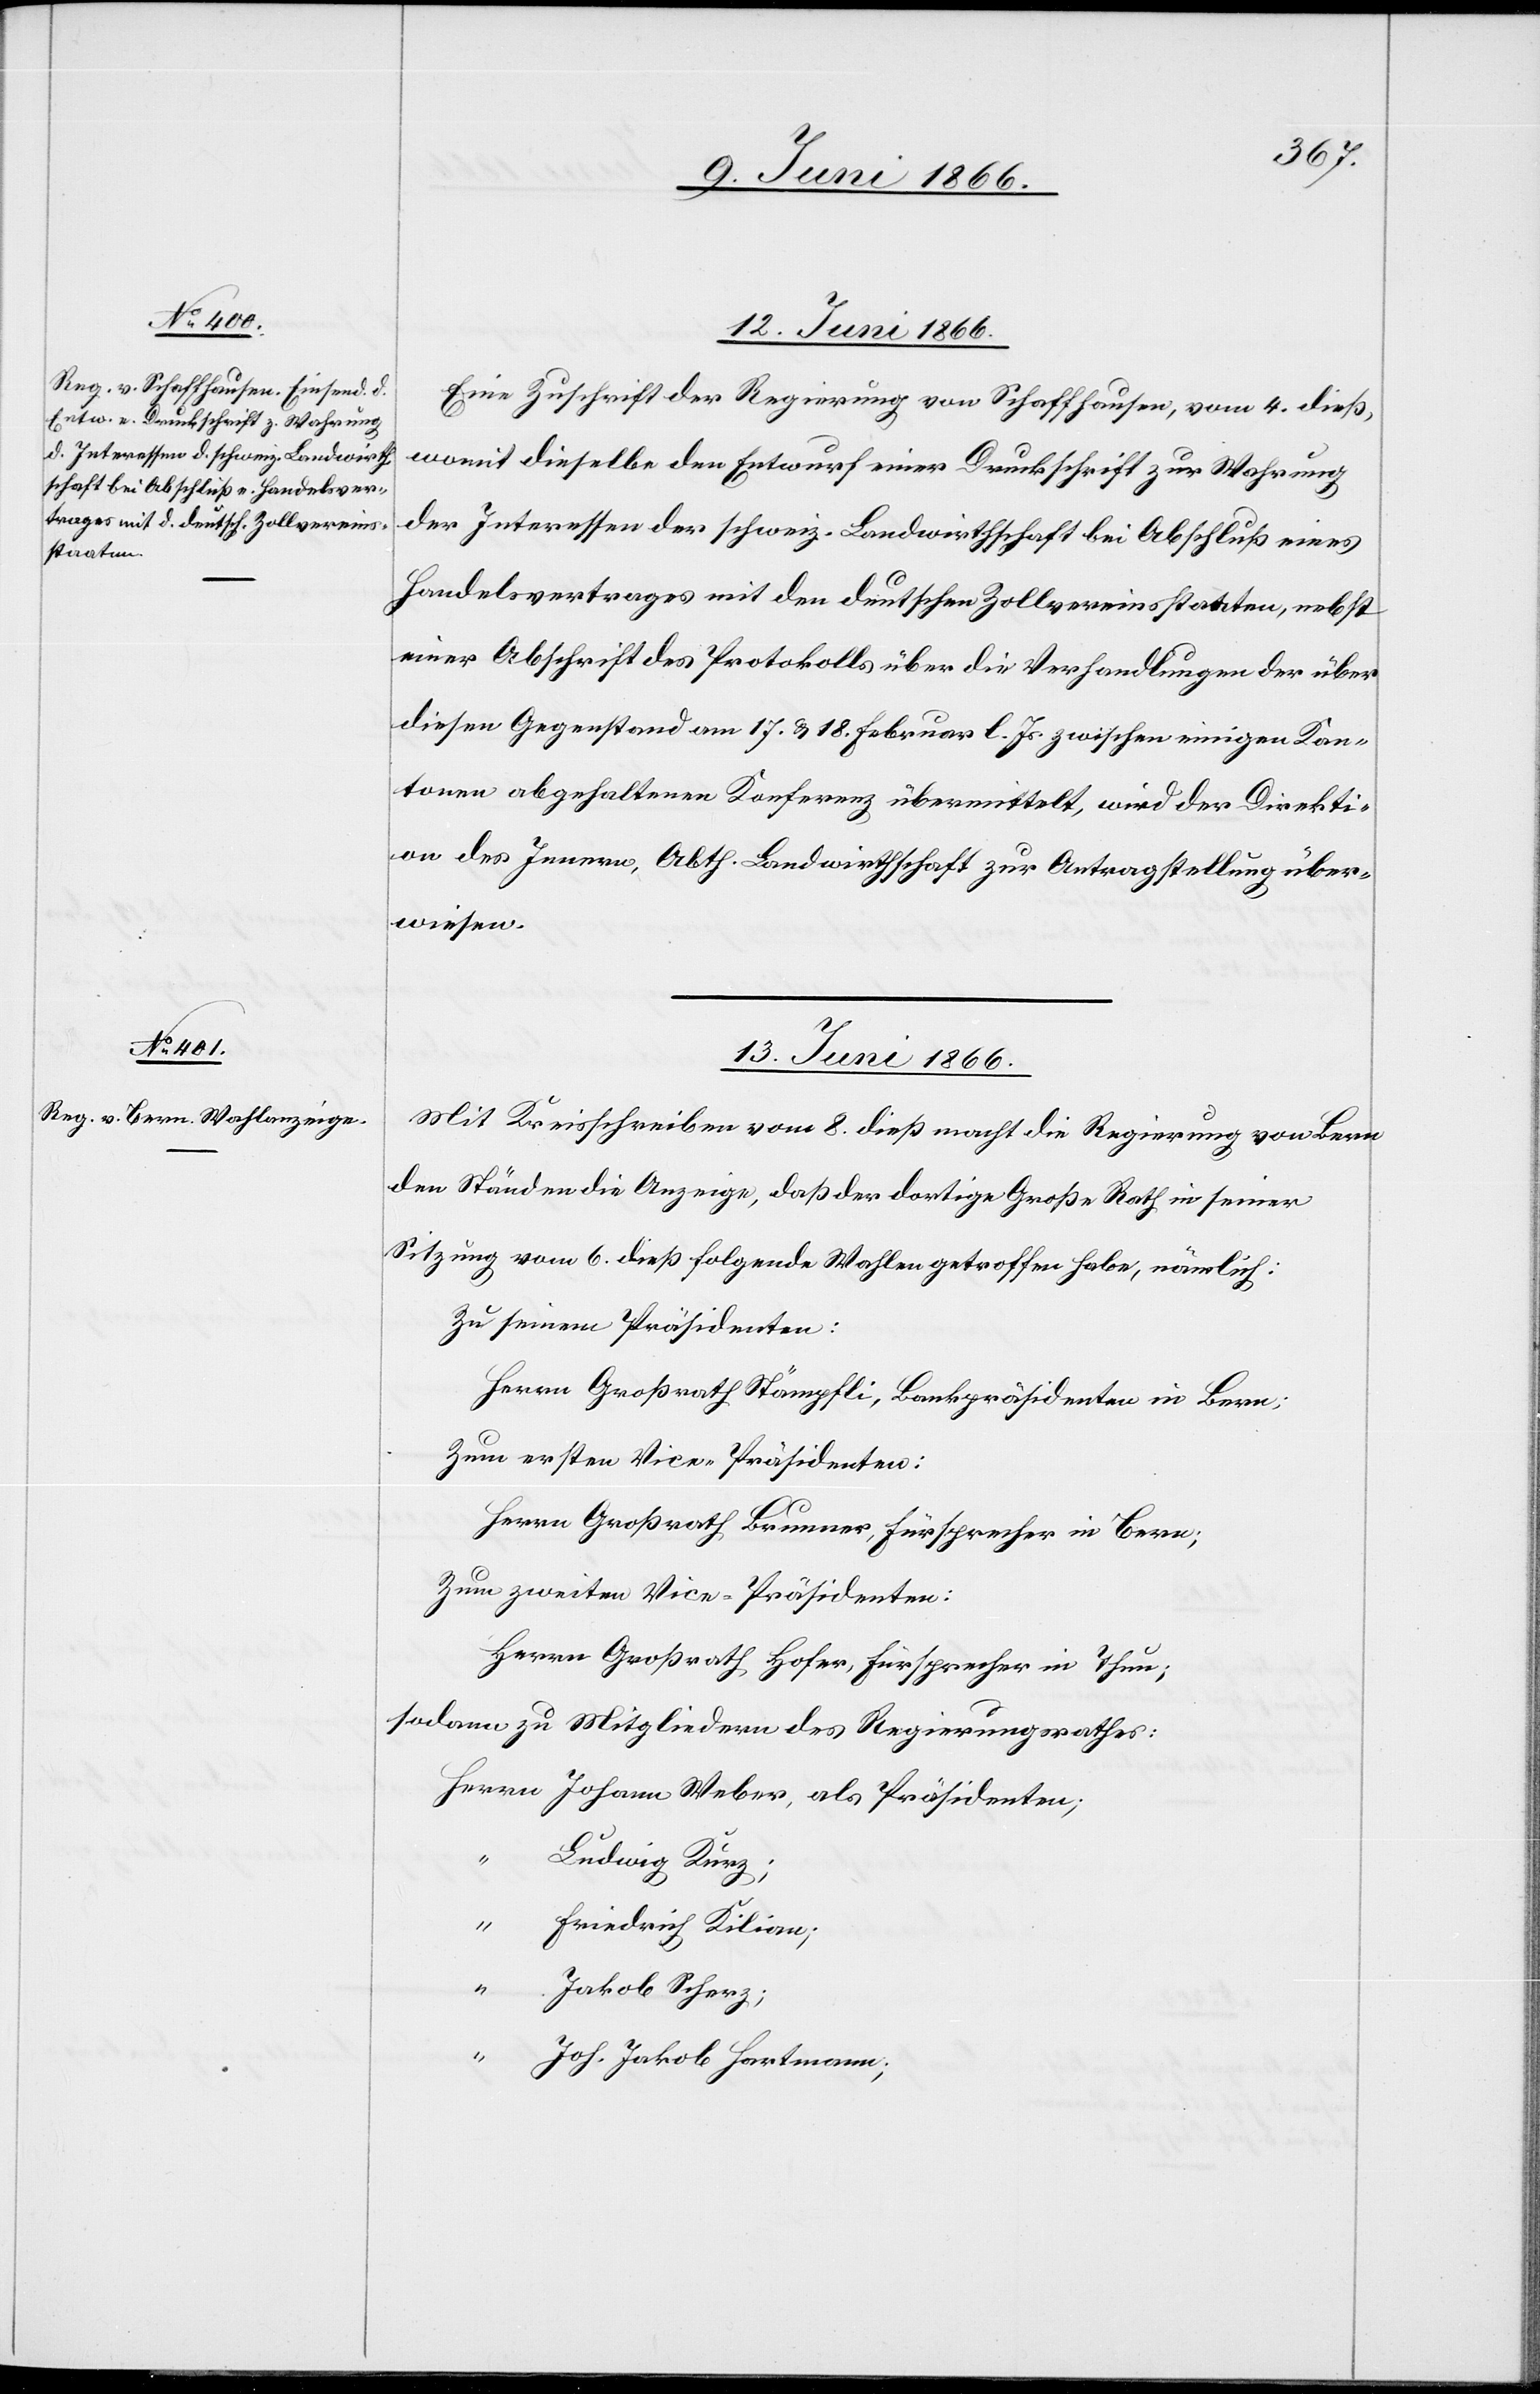
12. Juni 1866.
Eine Zuschrift der Regierung von Schaffhausen, vom 4. dieß,
womit dieselbe den Entwurf einer Druckschrift zur Wahrung
der Interessen der schweiz. Landwirthschaft bei Abschluß eines
Handelsvertrages mit den deutschen Zollvereinsstaaten, nebst
einer Abschrift des Protokolls über die Verhandlungen der über
diesen Gegenstand am 17. u. 18. Februar l. Js. zwischen einigen Kan¬
tonen abgehaltenen Konferenz übermittelt, wird der Direkti¬
on des Innern, Abth. Landwirthschaft zur Antragstellung über¬
wiesen.
13. Juni 1866.
Mit Kreisschreiben vom 8. dieß macht die Regierung von Bern
den Ständen die Anzeige, daß der dortige Große Rath in seiner
Sitzung vom 6. dieß folgende Wahlen getroffen habe, nämlich:
Zu seinem Präsidenten:
Herrn Großrath Stämpfli, Bankpräsidenten in Bern;
Zum ersten Vice-Präsidenten:
“
Herrn Großrath Brunner, Fürsprecher in Bern;
Zum zweiten Vice-Präsidenten:
Herrn Großrath Hofer, Fürsprecher in Thun;
sodann zu Mitgliedern des Regierungsrathes:
Herrn Johann Weber, als Präsidenten;
“
Ludwig Kurz;
“
Friedrich Kilian;
Jakob Scherz;
“
Joh. Jakob Hartmann;